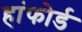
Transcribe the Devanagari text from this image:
हांफोर्ड